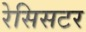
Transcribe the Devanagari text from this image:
रेसिसटर